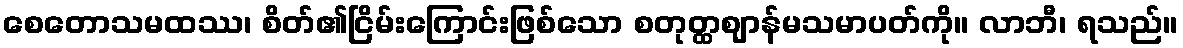
စေတောသမထဿ၊ စိတ်၏ငြိမ်းကြောင်းဖြစ်သော စတုတ္ထဈာန်မသမာပတ်ကို။ လာဘီ၊ ရသည်။